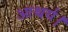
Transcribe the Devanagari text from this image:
आश्चर्य।